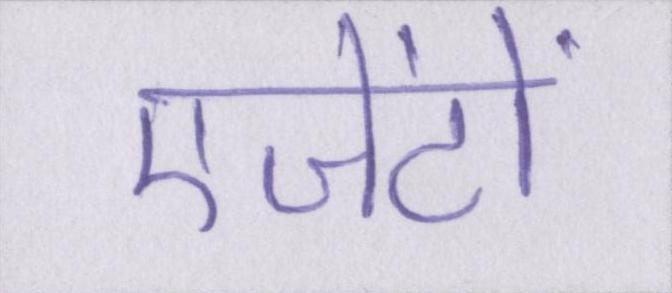
एजेंटों